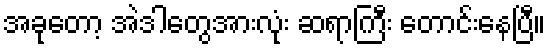
အခုတော့ အဲဒါတွေအားလုံး ဆရာကြီး တောင်းနေပြီ။